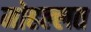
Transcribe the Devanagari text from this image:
मोहल्लत